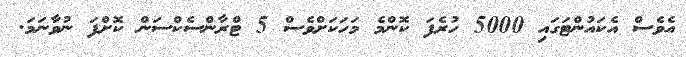
އެވެސް އެކައުންޓަގައި 5000 ހުރެފަ ކޮންމެ މަހަކަށްވެސް 5 ޓްރާންސެކްސަން ކޮށްފަ ނުވާނަމަ.